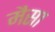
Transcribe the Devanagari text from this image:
मैसा